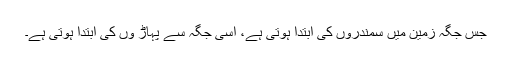
جس جگہ زمین میں سمندروں کی ابتدا ہوتی ہے، اسی جگہ سے پہاڑ وں کی ابتدا ہوتی ہے۔